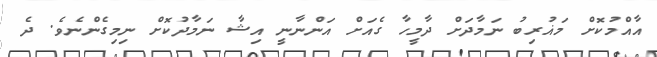
އާއްމުކޮށް މަޣުރިބު ނަމާދަށް ދާމީހާ ގެއަށް އަންނާނީ އިޝާ ނަމާދުކޮށް ނިމިގެންނެވެ. ދެ